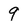
Character: 9